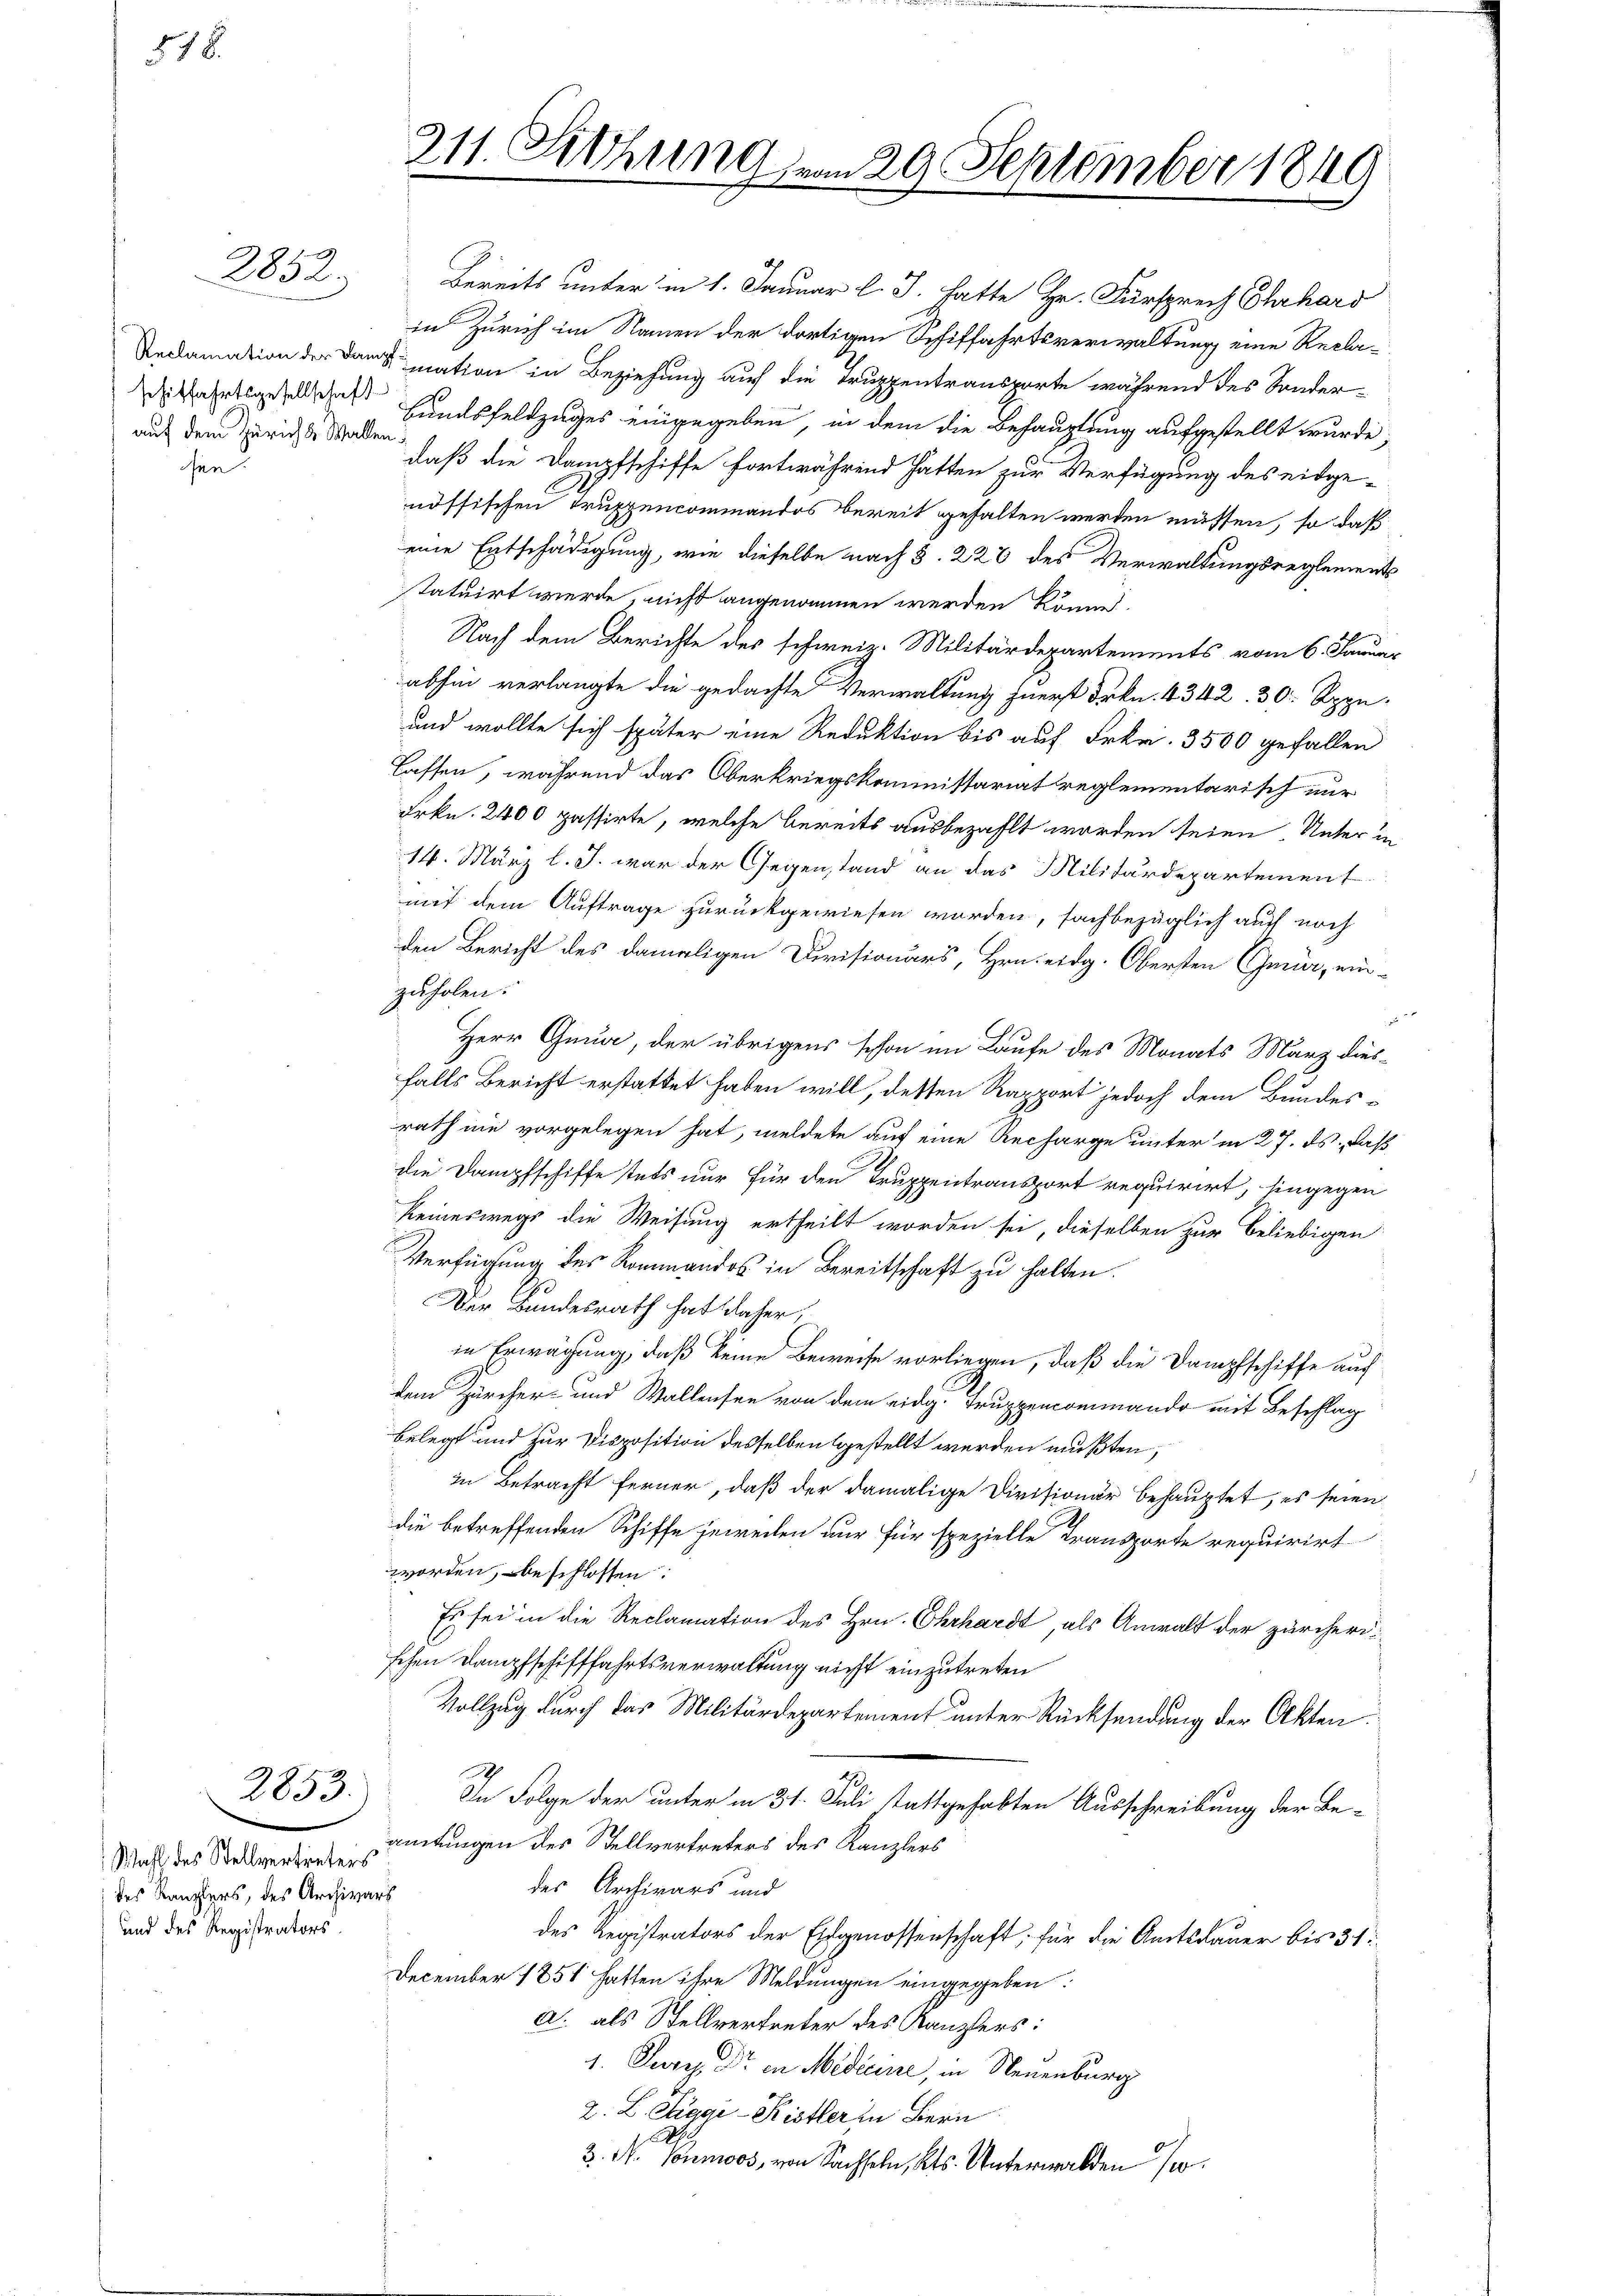
§ 78.

auf dem Zürich & Wallen:
sie

Wahl des Stellvertreters
 des Kanzlers, des Archivars
und des Registrators.

2853:

2852. Bereits unter in 1. Januar l. J. hatte Hr. Fürsprech Ehrhard
in Zürich im Namen der dortigen Schiffahrtsverwaltung eine Recla¬
Redamation der Dank mation in Beziehung auf die Truppentransporte während des Sonder-
 Hundsfeldzuges eingegeben, in dem die Behauptung aufgestellt wurde,
daß die Dampfschiffe fortwährend hatten zur Verfügung des eidge-
nössischen Truppencommandos bereit gehalten werden müssen, so daß
eine Entschädigung, wie dieselbe nach §. 228 des Verwaltungsreglements
statuirt werde, nicht angenommen werden könne.
Nach dem Berichte des schweiz. Militärdepartements vom 6. Januar
abhin verlangte die gedachte Verwaltung fuerst Frkn. 4342. 30. Rppn.
und wollte sich später eine Reduktion bis auf Frkn. 3500 gefallen
lassen, während das Oberkriegskommissariat reglementarisch nur
Frkn. 2400 passirte, welche bereits ausbezahlt worden seien. Unter in
14. März l. J. war der Gegenstand an das Militärdepartement
mit dem Auftrage zurückgewiesen worden, sachbezüglich auch noch
den Bericht des damaligen Divisionärs, Hrn. eidg. Obersten Gena, einzuholen.

Herr Gena, der übrigens schon im Laufe des Monats März diesfalls Bericht erstattet haben will, dessen Rapport jedoch dem Bundesrath nie vorgelegen hat, meldete auf eine Recharge unter in 27. ds. daß
die Dampfschiffe stets nur für den Truppentransport requirirt, hingegen
keineswegs die Weisung ertheilt worden sei, dieselben zur Beliebigen
Verfügung des Kommandos in Bereitschaft zu halten.
Der Bundesrath hat daher,
in Erwägung, daß keine Beweise vorliegen, daß die Dampfschiffe auch
dem Zürcher- und Wallensee von dem eidg. Truppencommando mit Beschlag
belegt und zur Disposition desselben gestellt werden mußten,
 in Betracht ferner, daß der damalige Divisionär behauptet, es seien
die betreffenden Schiffe jeweilen nur für spezielle Transporte requirirt
worden, beschlossen:
Es sei in die Reclamation des Hrn. Chrhardt, als Anwalt der zürcherischen Dampfschifffahrtsverwaltung nicht einzutreten
Vollzug durch das Militärdepartement unter Rücksendung der Akten.
In Folge der unter in 31. Juli stattgehabten Ausschreibung der Beamtungen des Stellvertreters des Kanzlers
des Archivars und
des Registrators der Eidgenossenschaft, für die Amtsdauer bis 31
December 1851 hatten ihre Meldungen eingegeben:
a als Stellvertreter des Kanzlers:
er
1. Juris Dr. in Medicire, in Neuenburg
2. L. Eggi-Kistler in Bern
2. N. Toumoos, von Sachseln, Kts. Unterwalden se

311. Sitzung von 29. September 1849